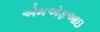
એમએફઆઇ